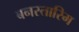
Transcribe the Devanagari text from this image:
बनस्तारिम